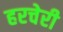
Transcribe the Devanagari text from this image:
हरचेरी